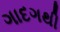
ગાદગથી